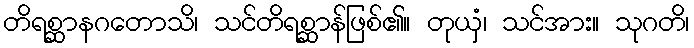
တိရစ္ဆာနဂတောသိ၊ သင်တိရစ္ဆာန်ဖြစ်၏။ တုယှံ၊ သင်အား။ သုဂတိ၊